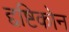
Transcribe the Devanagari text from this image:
द्दष्टिकोन